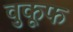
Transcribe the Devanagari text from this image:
वुकूफ